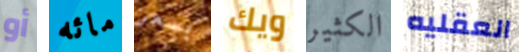
أو مائه بسعر ويك الكثير العقليه